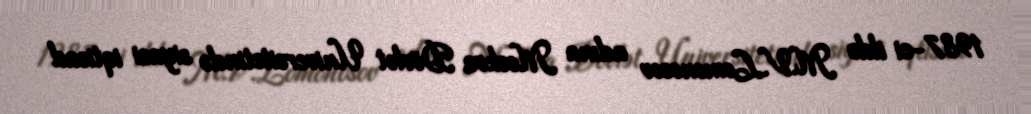
1987-ci ildə M.V.Lomonosov adına Moskva Dövlət Universitetində siyasi iqtisad